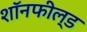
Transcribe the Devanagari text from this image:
शॉनफील्ड